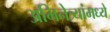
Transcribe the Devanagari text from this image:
अभिनेत्र्यांमध्ये